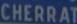
CHERRAT